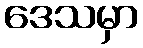
ဒေသမှာ